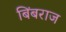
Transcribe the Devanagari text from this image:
बिंबराज